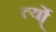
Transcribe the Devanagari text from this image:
र्त्यो्